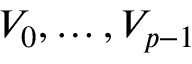
V _ { 0 } , \dots , V _ { p - 1 }